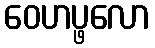
ဝေဟပ္ဖလော